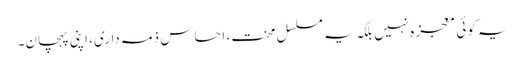
یہ کوئی معجزہ نہیں بلکہ یہ مسلسل محنت، احساس ذمہ داری، اپنی پہچان۔